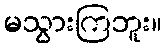
မသွားကြဘူး။